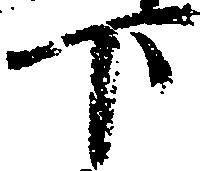
下